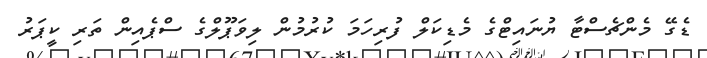
ޑެގޭ މެންޗެސްޓާ ޔުނައިޓްގެ މެޑިކަލް ފުރިހަމަ ކުރުމުން ލިވަޕޫލްގެ ސްޕެއިން ތަރި ކީޕަރު